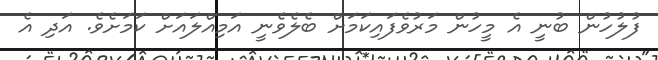
ފުލުހުން ބުނީ އެ މީހުން މަރުވެފައިކަމަށް ބެލެވެނީ އަމިއްލައަށް ކަމަށެވެ. އަދި އެ